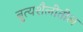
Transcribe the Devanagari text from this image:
नृत्यशैलीतील